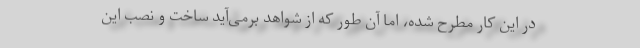
در این کار مطرح شده، اما آن طور که از شواهد برمی‌آید ساخت و نصب این